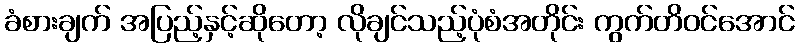
ခံစားချက် အပြည့်နှင့်ဆိုတော့ လိုချင်သည့်ပုံစံအတိုင်း ကွက်တိဝင်အောင်